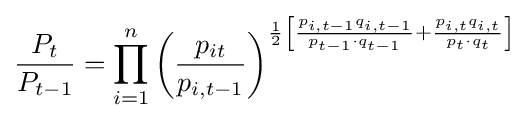
{\frac {P_{t}}{P_{t-1}}}=\prod _{i=1}^{n}\left({\frac {p_{it}}{p_{i,t-1}}}\right)^{{\frac {1}{2}}\left[{\frac {p_{i,t-1}q_{i,t-1}}{p_{t-1}\cdot q_{t-1}}}+{\frac {p_{i,t}q_{i,t}}{p_{t}\cdot q_{t}}}\right]}